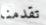
تقدمنا